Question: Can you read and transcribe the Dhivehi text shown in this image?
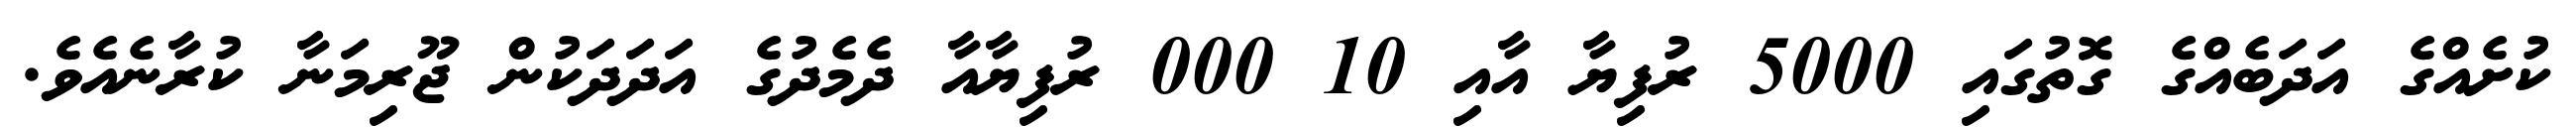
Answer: ކުށެއްގެ އަދަބެއްގެ ގޮތުގައި 5000 ރުފިޔާ އާއި 10 000 ރުފިޔާއާ ދެމެދުގެ އަދަދަކުން ޖޫރިމަނާ ކުރާނެއެވެ.